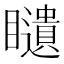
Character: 𥌰